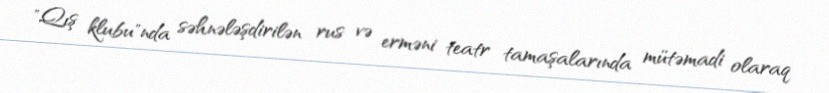
"Qış klubu"nda səhnələşdirilən rus və erməni teatr tamaşalarında mütəmadi olaraq